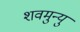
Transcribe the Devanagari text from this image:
शवमुन्यु